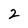
Character: 2